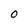
Character: 0